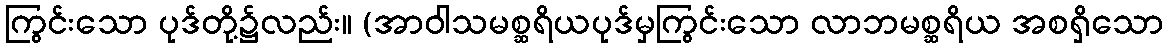
ကြွင်းသော ပုဒ်တို့၌လည်း။ (အာဝါသမစ္ဆရိယပုဒ်မှကြွင်းသော လာဘမစ္ဆရိယ အစရှိသော